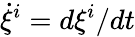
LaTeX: \dot{\xi}^{i}=d\xi^{i}/dt